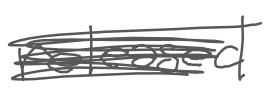
Text: released
Cross-out: mix
Writing tool: digital_gray